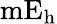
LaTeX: \mathrm{mE_{h}}